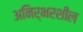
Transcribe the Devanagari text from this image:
अनिर्भरशील